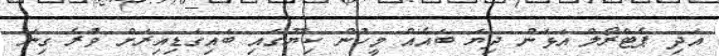
އަދި ޕެޓްރޯލް އަޅަން ދިޔަ ބައެއް މީހުން ކިޔޫގައި ބައިގަޑިއިރަށް ވުރެ ގިނަ